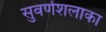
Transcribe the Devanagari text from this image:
सुवर्णशलाका